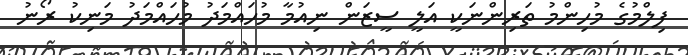
ފިލްމުގެ މުހިންމު ތަރިންނަކީ އަލީ ސީޒަން ނިއުމާ މުހައްމަދު މުހައްމަދު މަނިކު ރޯނު